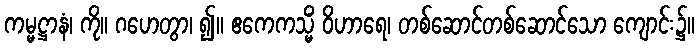
ကမ္မဋ္ဌာနံ၊ ကို။ ဂဟေတွာ၊ ၍။ ဧကေကသ္မိံ ဝိဟာရေ၊ တစ်ဆောင်တစ်ဆောင်သော ကျောင်း၌။